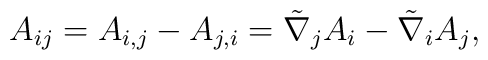
A_{ij}=A_{i,j}-A_{j,i}=\tilde{\nabla}_{j}A_{i}-\tilde{\nabla}_{i}A_{j},